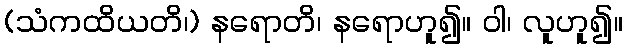
(သံကထိယတိ၊) နရောတိ၊ နရောဟူ၍။ ဝါ၊ လူဟူ၍။